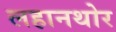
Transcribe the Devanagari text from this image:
लहानथोर